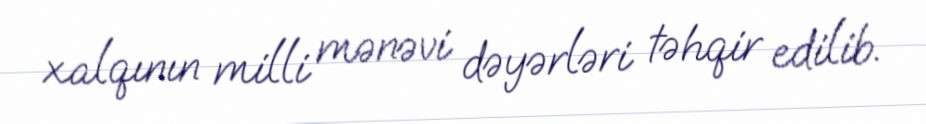
xalqının milli mənəvi dəyərləri təhqir edilib.